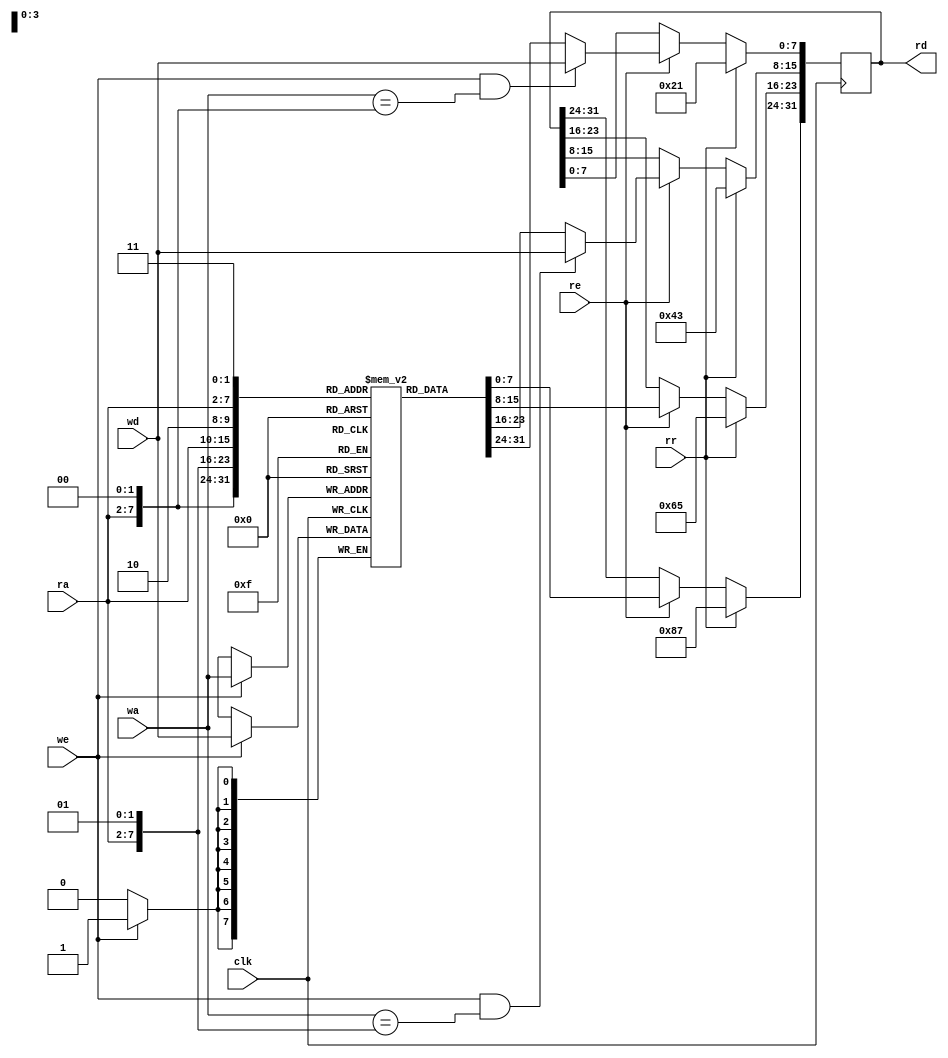
// expect-wr-ports 1
// expect-rd-ports 4
// expect-rd-wide-continuation 4'1110
// expect-rd-srst-val 32'10000111011001010100001100100001
// expect-rd-init-val 32'10101011110011011110111110101011

// In this testcase, the byte-wide read ports are merged into a single
// word-wide port despite mismatched transparency, with soft transparency
// logic inserted on half the port to preserve the semantics.

module test(
	input clk,
	input re, rr,
	input we,
	input [5:0] ra,
	input [7:0] wa,
	input [7:0] wd,
	output reg [31:0] rd
);

reg [7:0] mem[0:255];

initial rd = 32'habcdefab;

always @(posedge clk) begin
	if (rr) begin
		rd <= 32'h87654321;
	end else if (re) begin
		rd[7:0] <= mem[{ra, 2'b00}];
		rd[15:8] <= mem[{ra, 2'b01}];
		rd[23:16] <= mem[{ra, 2'b10}];
		rd[31:24] <= mem[{ra, 2'b11}];
		if (we && wa == {ra, 2'b00})
			rd [7:0] <= wd;
		if (we && wa == {ra, 2'b01})
			rd [15:8] <= wd;
	end
end

always @(posedge clk) begin
	if (we)
		mem[wa] <= wd;
end

endmodule